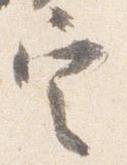
定